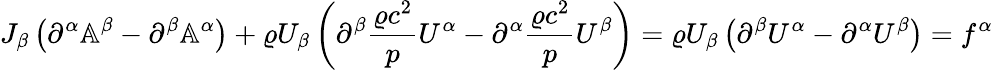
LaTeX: J_{\beta}\left(\partial^{\alpha}\mathbb{A}^{\beta}-\partial^{\beta}\mathbb{A}^{\alpha}\right)+\varrho U_{\beta}\left(\partial^{\beta}\frac{\varrho c^{2}}{p}U^{\alpha}-\partial^{\alpha}\frac{\varrho c^{2}}{p}U^{\beta}\right)=\varrho U_{\beta}\left(\partial^{\beta}U^{\alpha}-\partial^{\alpha}U^{\beta}\right)=f^{\alpha}